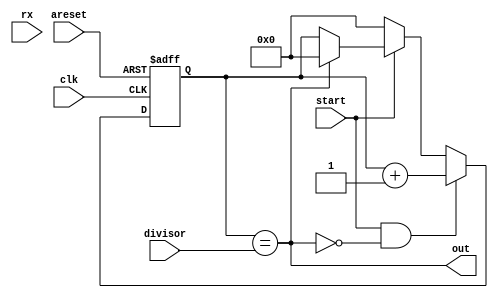
module baud_rate_gen (
  input clk,
  input start,
  input rx,
  input [31:0] divisor,
  input areset,
  output out
);
  reg [31:0] counter;
  reg temp_out;
  always @(posedge clk, posedge areset)
    begin
      if (areset)
        counter <= 32'd0;
      else if (start & ~(counter==divisor))
        counter <= counter + 32'd1;
      else if (~start)
        counter <= 32'd0;
      else if (counter== divisor)
        counter <= 32'd0;
      else
        counter <= counter;
    end
  assign out = (counter == divisor);
endmodule